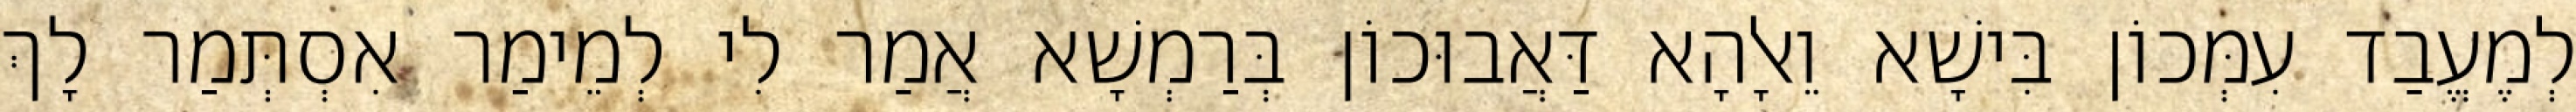
לְמֶעֱבַד עִמְּכוֹן בִּישָׁא וֵאלָהָא דַּאֲבוּכוֹן בְּרַמְשָׁא אֲמַר לִי לְמֵימַר אִסְתְּמַר לָךְ